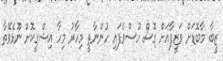
ޒީބާ މާބޮޑަށް ވަޒީފާއަށް ގޮސް ހުސްވެފައި ހުންނާތީ މިހާރު މިހާ އިޝްގީކޮށް ނޫޅެވޭތާ